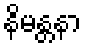
နိမန္တနာ